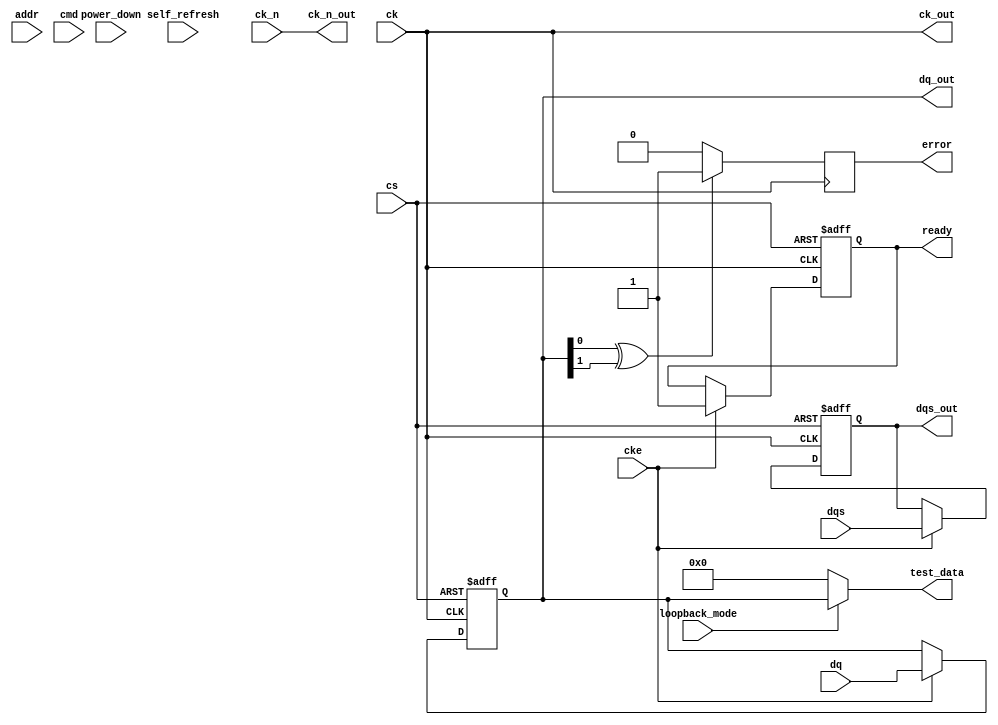
module gddr5x_io_block (
    // Interface Signals
    input wire [31:0] dq,          // Data signals (DQ)
    input wire [1:0] dqs,          // Data strobe signals (DQS)
    input wire ck,                  // Clock signal (CK)
    input wire ck_n,                // Inverted clock signal (CK#)
    input wire cs,                  // Chip Select (CMD)
    input wire cke,                 // Clock Enable (CMD)
    input wire [15:0] addr,         // Address signals (ADDR)
    input wire [1:0] cmd,           // Command signals (CMD)
    
    // Electrical Characteristics
    output wire [31:0] dq_out,      // Output data signals
    output wire [1:0] dqs_out,      // Output data strobe signals
    output wire ck_out,              // Output clock signal
    output wire ck_n_out,            // Output inverted clock signal
    output wire ready,               // Ready signal for operation
    output wire error,               // Error signal for ECC
    
    // Power Management
    input wire power_down,           // Power down control
    input wire self_refresh,         // Self-refresh control
    
    // Test and Debug Features
    input wire loopback_mode,        // Loopback mode control
    output wire [31:0] test_data     // Test data output
);

// Internal signals
reg [31:0] dq_reg;
reg [1:0] dqs_reg;
reg ready_reg;
reg error_reg;

// Initialization and Configuration
initial begin
    ready_reg = 0;
    error_reg = 0;
end

// Data Rate Management
always @(posedge ck or negedge cs) begin
    if (!cs) begin
        // Reset logic
        dq_reg <= 32'b0;
        dqs_reg <= 2'b0;
        ready_reg <= 0;
    end else if (cke) begin
        // Data transfer logic
        if (loopback_mode) begin
            dq_reg <= dq; // Loopback mode
        end else begin
            dq_reg <= dq; // Normal operation
        end
        dqs_reg <= dqs; // Capture DQS
        ready_reg <= 1; // Indicate ready
    end
end

// Error Detection and Correction (ECC)
always @(posedge ck) begin
    // Simple error detection logic (for demonstration)
    if (dq_reg[0] ^ dq_reg[1]) begin
        error_reg <= 1; // Error detected
    end else begin
        error_reg <= 0; // No error
    end
end

// Output assignments
assign dq_out = dq_reg;
assign dqs_out = dqs_reg;
assign ck_out = ck;
assign ck_n_out = ck_n;
assign ready = ready_reg;
assign error = error_reg;

// Test and Debug Features
assign test_data = (loopback_mode) ? dq_reg : 32'b0; // Output test data in loopback mode

endmodule